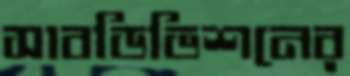
সাবডিভিশনের